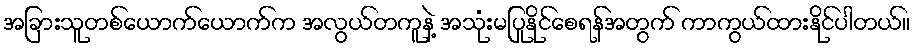
အခြားသူတစ်ယောက်ယောက်က အလွယ်တကူနဲ့ အသုံးမပြုနိုင်စေရန်အတွက် ကာကွယ်ထားနိုင်ပါတယ်။